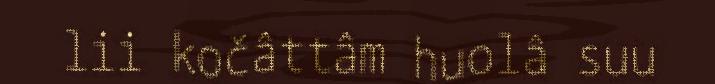
lii kočâttâm huolâ suu